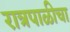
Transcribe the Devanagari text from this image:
रात्रपाळीचा